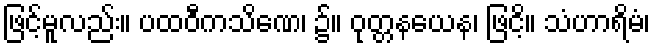
ဖြင့်မူလည်း။ ပထဝီကသိဏေ၊ ၌။ ဝုတ္တနယေန၊ ဖြငိ့။ သံဟာရိမံ၊